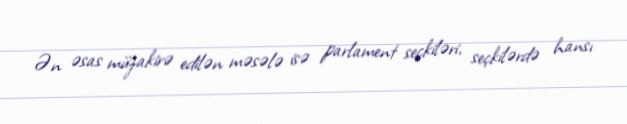
Ən əsas müzakirə edilən məsələ isə parlament seçkiləri, seçkilərdə hansı